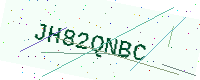
Text: JH82QNBC